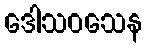
ဒေါသဝသေန